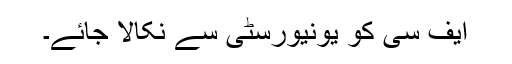
ایف سی کو یونیورسٹی سے نکالا جائے۔